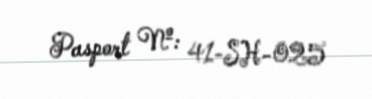
Pasport №: 41-SH-025